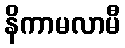
နိကာမလာမီ